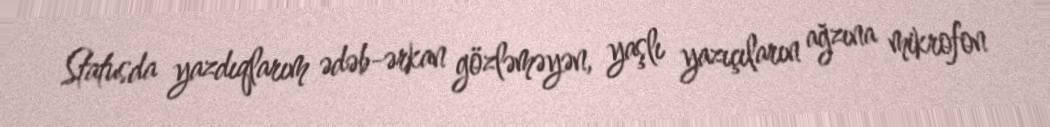
Statusda yazdıqlarım ədəb-ərkan gözləməyən, yaşlı yazıçıların ağzına mikrofon